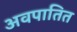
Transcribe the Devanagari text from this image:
अवपातित